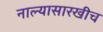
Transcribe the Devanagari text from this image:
नाल्यासारखीच